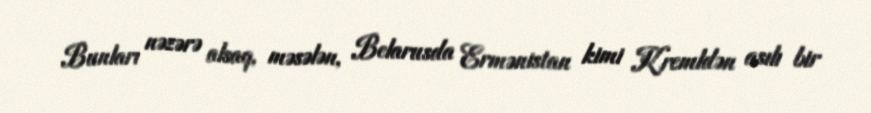
Bunları nəzərə alsaq, məsələn, Belarusda Ermənistan kimi Kremldən asılı bir